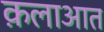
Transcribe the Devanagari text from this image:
क़लाआत